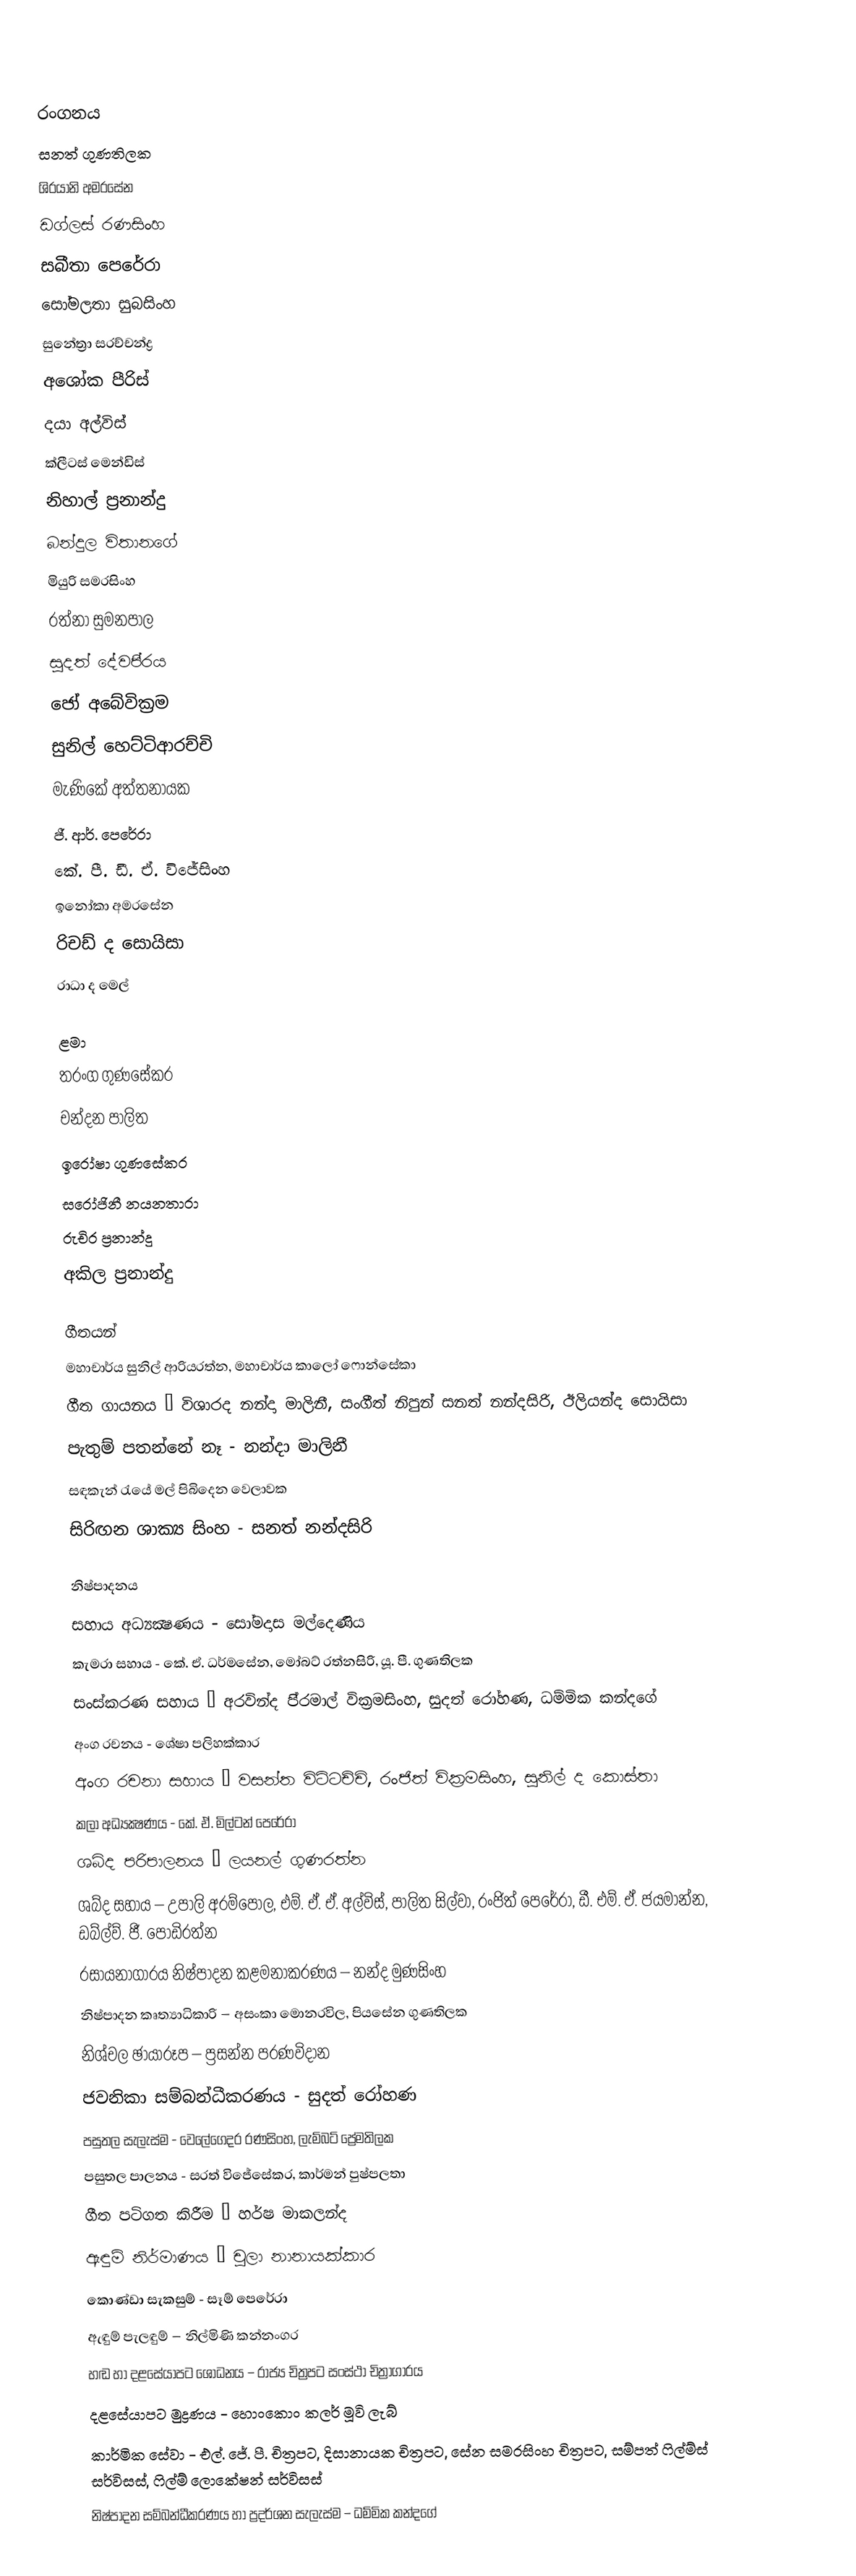

රංගනය
සනත් ගුණතිලක
ශි‍්‍රයානි අමරසේන
ඩග්ලස් රණසිංහ
සබීතා පෙරේරා
සෝමලතා සුබසිංහ
සුනේත්‍රා සරච්චන්ද්‍ර
අශෝක පීරිස්
දයා අල්විස්
ක්ලීටස් මෙන්ඩිස්
නිහාල් ප්‍රනාන්දු
බන්දුල විතානගේ
මියුරි සමරසිංහ
රත්නා සුමනපාල
සුදත් දේවපි‍්‍රය
ජෝ අබේවික්‍රම
සුනිල් හෙට්ටිආරච්චි
මැණිකේ අත්තනායක
ජී. ආර්. පෙරේරා
කේ. පී. ඩී. ඒ. විජේසිංහ
ඉනෝකා අමරසේන
රිචඩ් ද සොයිසා
රාධා ද මෙල්

ළමා
තරංග ගුණසේකර
චන්දන පාලිත
ඉරෝෂා ගුණසේකර
සරෝජිනී නයනතාරා
රුචිර ප්‍රනාන්දු
අකිල ප්‍රනාන්දු

ගීතයන්
මහාචාර්ය සුනිල් ආරියරත්න, මහාචාර්ය කාලෝ ෆොන්සේකා
ගීත ගායනය – විශාරද නන්දා මාලිනී, සංගීත් නිපුන් සනත් නන්දසිරි, ඊලියන්ද සොයිසා
පැතුම් පතන්නේ නෑ - නන්දා මාලිනී
සඳකැන් රැයේ මල් පිබිදෙන වෙලාවක
සිරිඟන ශාක්‍ය සිංහ - සනත් නන්දසිරි

නිෂ්පාදනය
සහාය අධ්‍යක්‍ෂණය - සෝමදාස මල්දෙණිය
කැමරා සහාය - කේ. ඒ. ධර්මසේන, මෝබට් රත්නසිරි, යූ. පී. ගුණතිලක
සංස්කරණ සහාය – අරවින්ද පි‍්‍රමාල් වික්‍රමසිංහ, සුදත් රෝහණ, ධම්මික කන්දගේ
අංග රචනය - ශේෂා පලිහක්කාර
අංග රචනා සහාය – වසන්ත විට්ටච්චි, රංජිත් වික්‍රමසිංහ, සුනිල් ද කොස්තා
කලා අධ්‍යක්‍ෂණය - කේ. ඒ. මිල්ටන් පෙරේරා
ශබ්ද පරිපාලනය – ලයනල් ගුණරත්න
ශබ්ද සහාය – උපාලි අරම්පොල, එම්. ඒ. ඒ. අල්විස්, පාලිත සිල්වා, රංජිත් පෙරේරා, ඩී. එම්. ඒ. ජයමාන්න, ඩබ්ල්ව්. ජී. පොඩිරත්න
රසායනාගාරය නිෂ්පාදන කළමනාකරණය – නන්ද මුණසිංහ
නිෂ්පාදන කෘත්‍යාධිකාරි – අසංකා මොනරවිල, පියසේන ගුණතිලක
නිශ්චල ඡායාරූප – ප්‍රසන්න පරණවිදාන
ජවනිකා සම්බන්ධීකරණය - සුදත් රෝහණ
පසුතල සැලැස්ම - වෙලේගෙදර රණසිංහ, ලැම්බට් ප්‍රේමතිලක
පසුතල පාලනය - සරත් විජේසේකර, කාර්මන් පුෂ්පලතා
ගීත පටිගත කිරීම – හර්ෂ මාකලන්ද
ඇඳුම් නිර්මාණය – චූලා නානායක්කාර
කොණ්ඩා සැකසුම් - සෑම් පෙරේරා
ඇඳුම් පැලඳුම් – නිල්මිණි කන්නංගර
හඬ හා දළසේයාපට ශෝධනය – රාජ්‍ය චිත්‍රපට සංස්ථා චිත්‍රාගාරය
දළසේයාපට මුද්‍රණය - හොංකොං කලර් මූවි ලැබ්
කාර්මික සේවා - එල්. ජේ. පී. චිත්‍රපට, දිසානායක චිත්‍රපට, සේන සමරසිංහ චිත්‍රපට, සම්පත් ෆිල්ම්ස් සර්විසස්, ෆිල්ම් ලොකේෂන් සර්විසස්
නිෂ්පාදන සම්බන්ධීකරණය හා ප්‍රදර්ශන සැලැස්ම – ධම්මික කන්දගේ